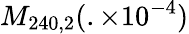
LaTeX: M_{240,2}(.\times 10^{-4})